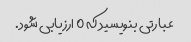
عبارتی بنویسید که 0 ارزیابی شود.